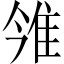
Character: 雂